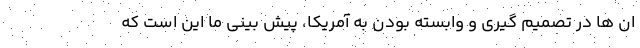
ان ها در تصمیم گیری و وابسته بودن به آمریکا، پیش بینی ما این است که